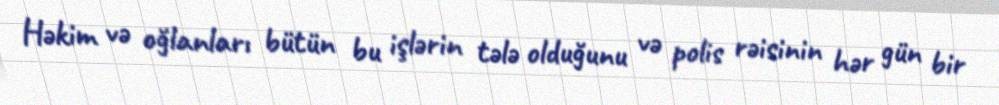
Həkim və oğlanları bütün bu işlərin tələ olduğunu və polis rəisinin hər gün bir